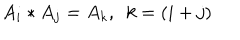
A _ { i } * A _ { j } = A _ { k } , \, \, \, k = \left( i + j \right)